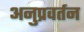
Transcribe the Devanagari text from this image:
अनुप्रवर्तन